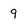
Character: 9